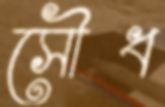
সৌধ